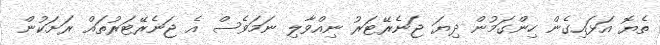
ތެޔޮ އަޅައިގެން ހިންގަމުން ދިޔަ ޖަނެރޭޓަރު ނިއްވާލި ނަމަވެސް އެ ޖަނެރޭޓަރުތައް ރަށަކުން